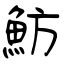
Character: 魴